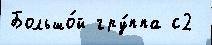
Большо́й гру́ппа с2